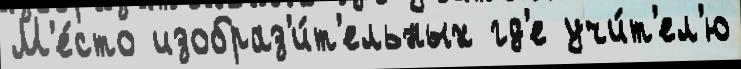
М'е́сто изобраз'и́т'ельных гд'е учи́т'ел'ю